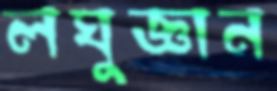
লঘুজ্ঞান